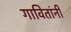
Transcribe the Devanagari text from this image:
गावितांनी